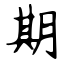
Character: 期